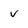
Character: v